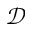
\mathcal { D }